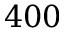
4 0 0